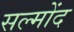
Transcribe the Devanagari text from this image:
सल्मोंद